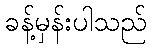
ခန့်မှန်းပါသည်